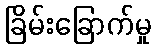
ခြိမ်းခြောက်မှု